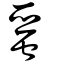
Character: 蝁